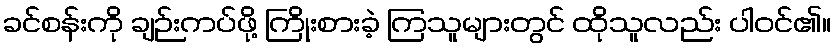
ခင်စန်းကို ချဉ်းကပ်ဖို့ ကြိုးစားခဲ့ ကြသူများတွင် ထိုသူလည်း ပါဝင်၏။